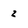
Character: z